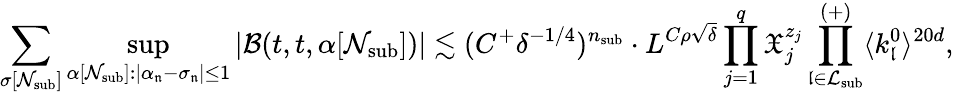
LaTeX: \sum_{\sigma[\mathcal N_{\mathrm{sub}}]}\operatorname*{sup}_{\alpha[\mathcal N_{\mathrm{sub}}]:|\alpha_{\mathfrak n}-\sigma_{\mathfrak n}|\leq 1}|\mathcal B(t,t,\alpha[\mathcal N_{\mathrm{sub}}])|\lesssim(C^{+}\delta^{-1/4})^{n_{\mathrm{sub}}}\cdot L^{C\rho\sqrt{\delta}}\prod_{j=1}^{q}\mathfrak X_{j}^{z_{j}}\prod_{\mathfrak l\in\mathcal L_{\mathrm{sub}}}^{(+)}\langle k_{\mathfrak l}^{0}\rangle^{20d},